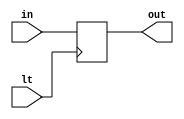
`timescale 1ns / 1ps
//////////////////////////////////////////////////////////////////////////////////
// Company: 
// Engineer: 
// 
// Design Name: 
// Module Name: stage3_reg_product
// Project Name: 
// Target Devices: 
// Tool Versions: 
// Description: 
// 
// Dependencies: 
// 
// Revision:
// Revision 0.01 - File Created
// Additional Comments:
// 
//////////////////////////////////////////////////////////////////////////////////


module stage3_reg_product(
    lt,
    in,
    out
    );
    parameter DATA_WIDTH = 16;
    input lt;
    input [DATA_WIDTH-1:0] in;
    output [DATA_WIDTH-1:0] out;
    reg [DATA_WIDTH-1:0] out_reg;
    assign out = out_reg;
    always@(posedge lt)
    begin
        out_reg  <= in;
    end
endmodule